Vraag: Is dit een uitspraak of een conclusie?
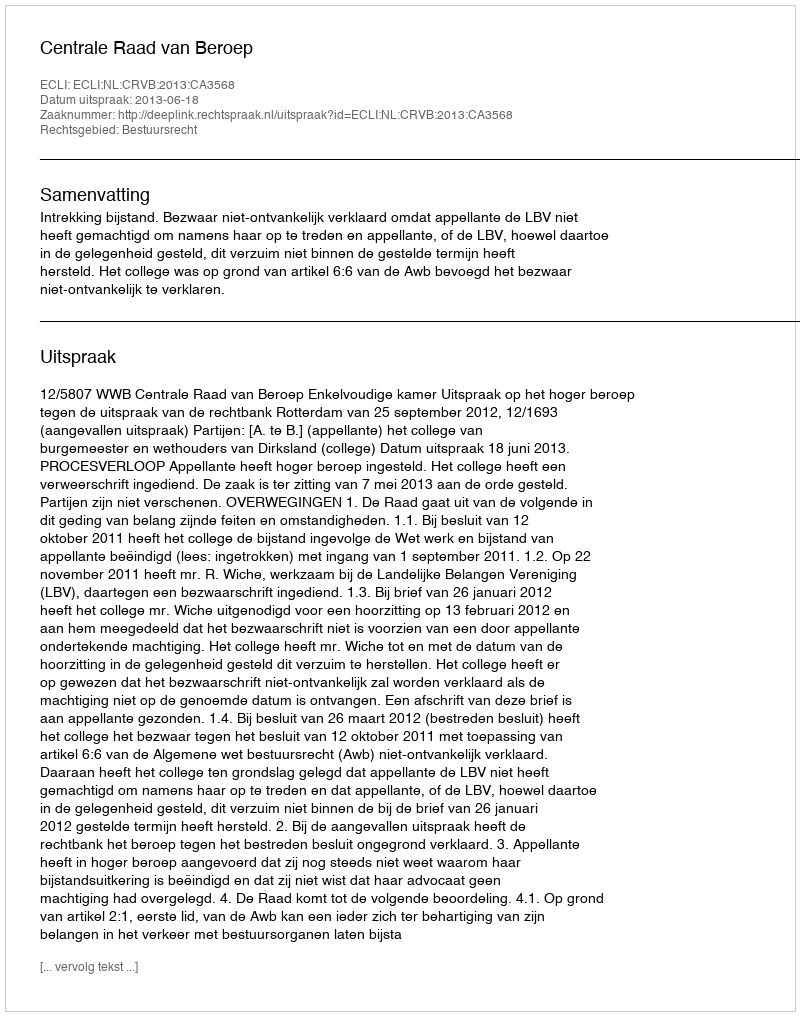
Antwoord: Uitspraak